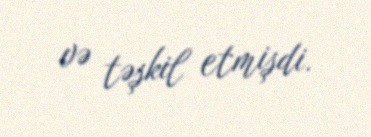
və təşkil etmişdi.